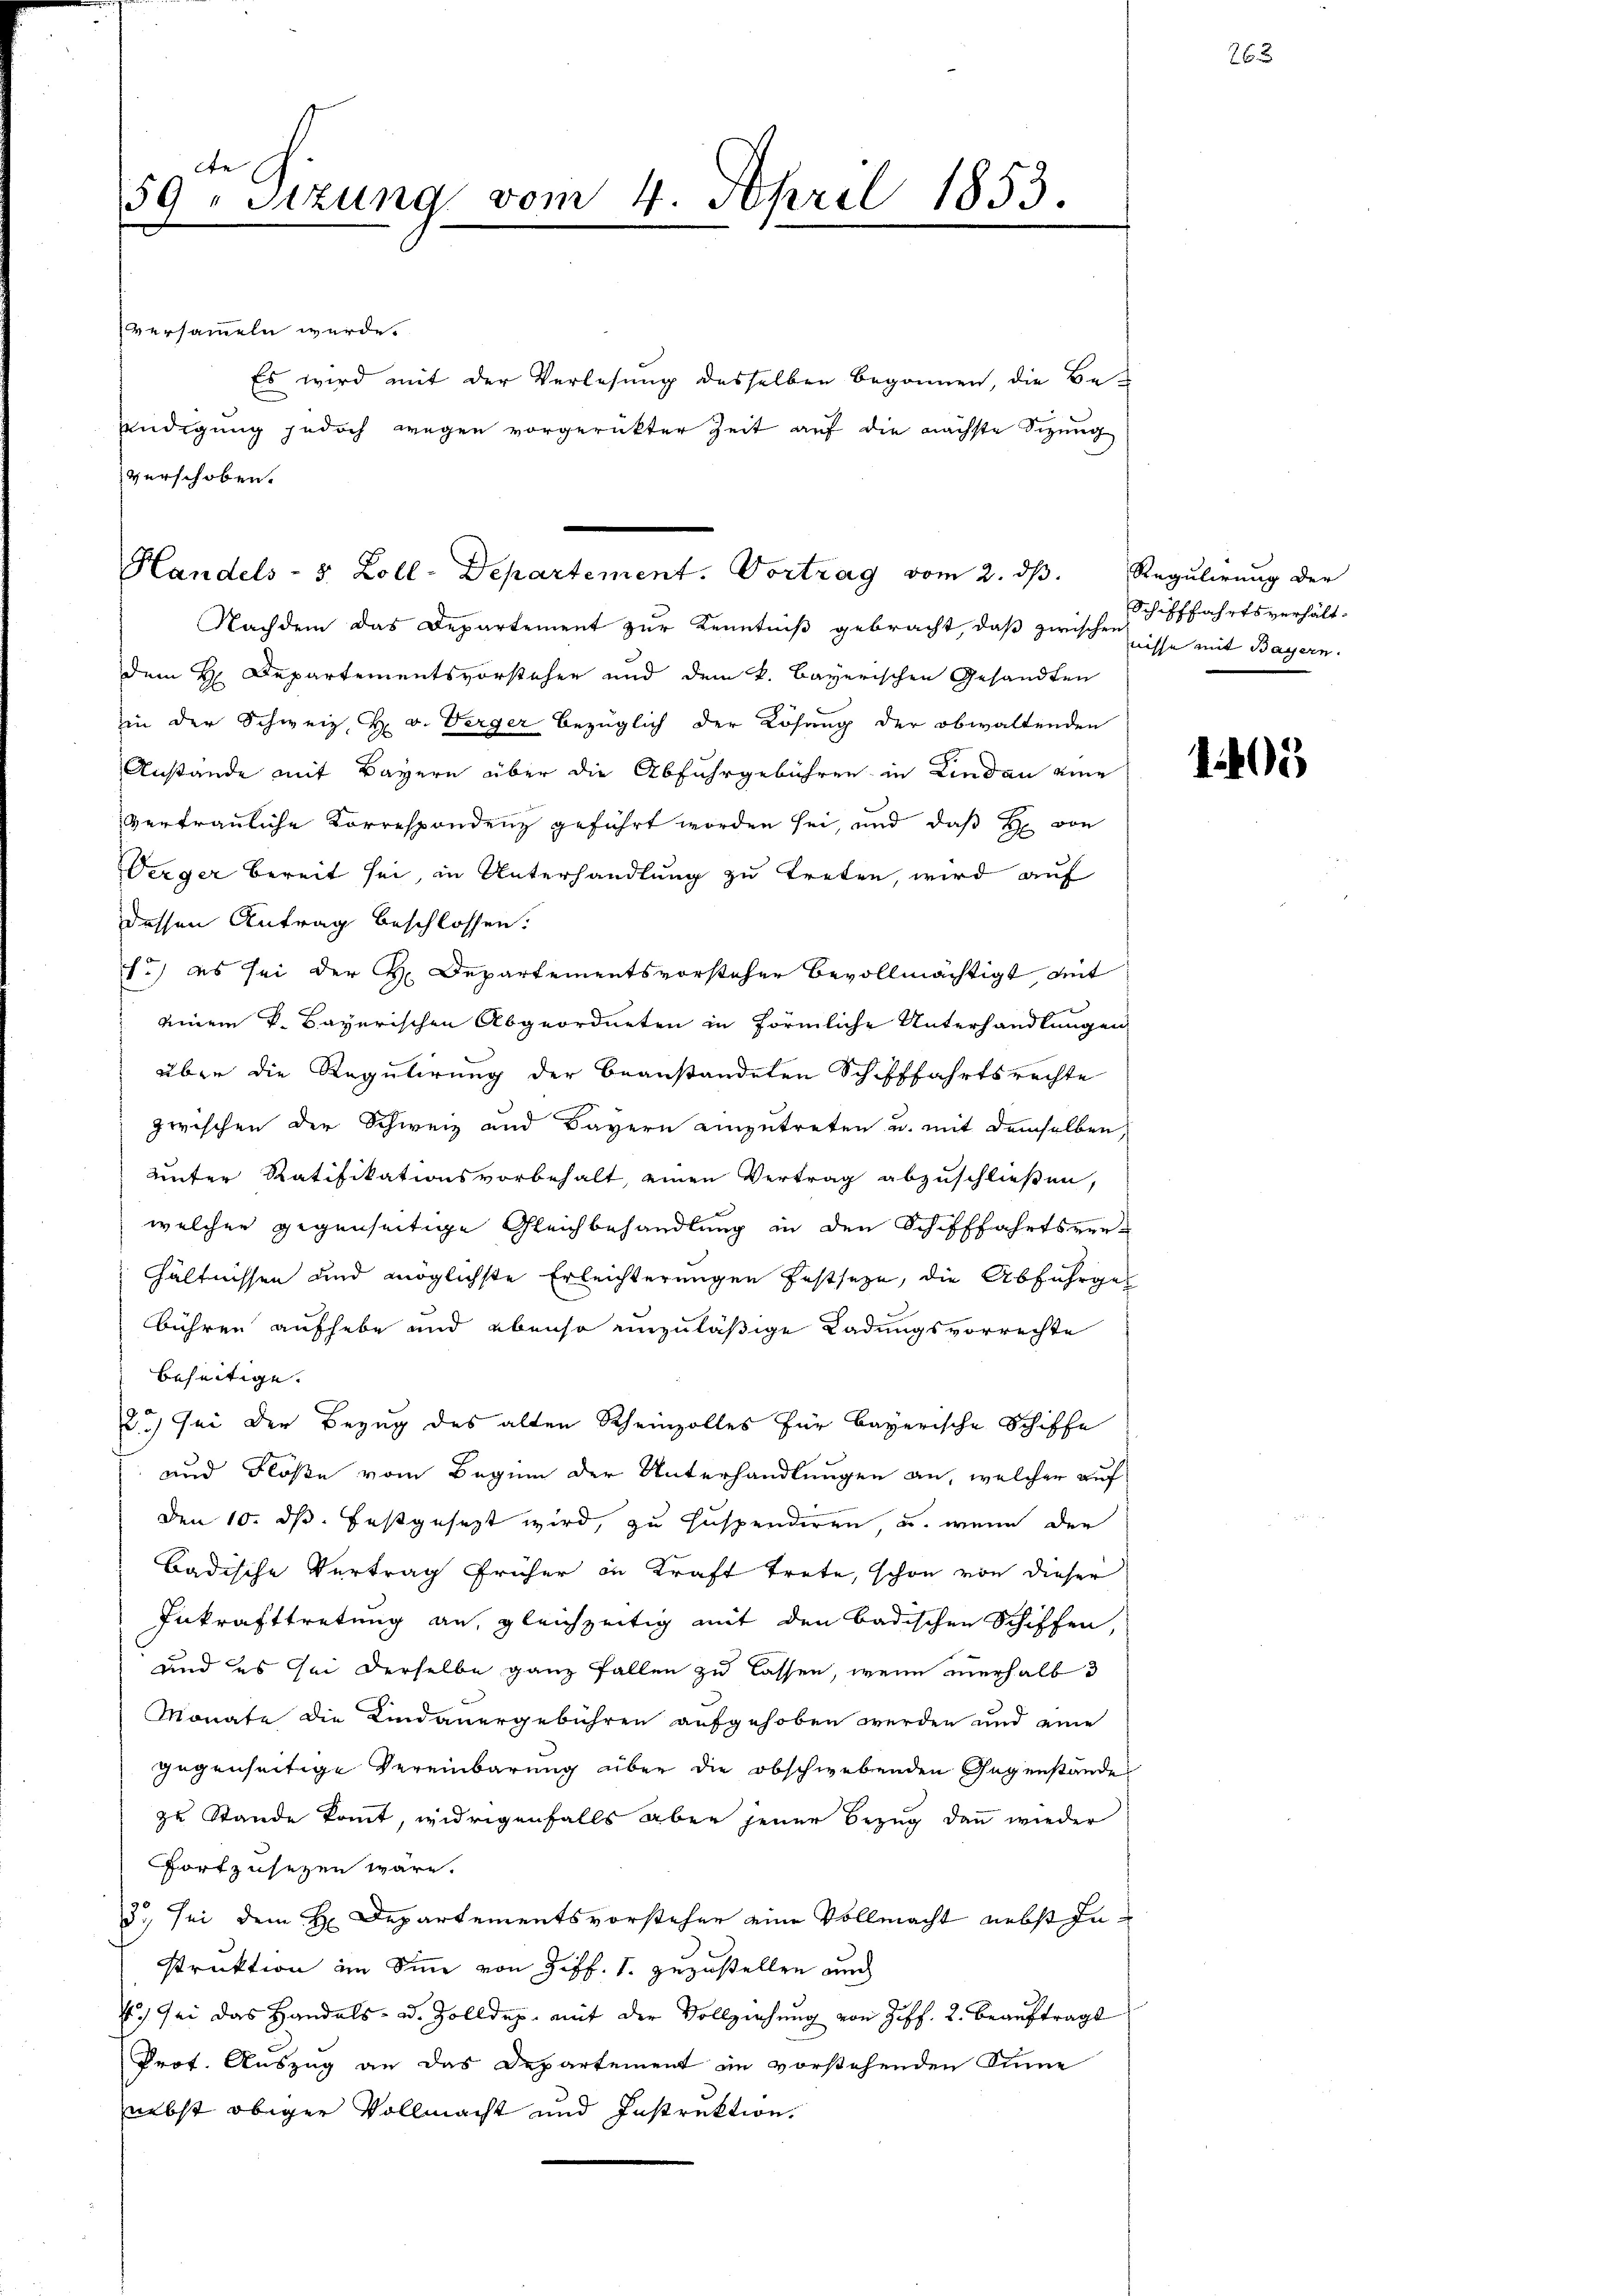
lte
59. Sitzung vom 4. April 1853.

versammeln würde.
Es wird mit der Verlesung desselben begonnen, die Be¬
Endigung jedoch wegen vorgerückter Zeit auf die nächste Sizung
verschoben.
Nachdem das Departement zur Kenntniß gebracht, daß zwischenisse mit Bayern.
dem H. Departementsvorsteher und dem k. Bayerischen Gesandten
in der Schweiz. H. v. Verger bezüglich der Lösung der obwaltenden
Anstande mit Bayern über die Abfuhrgebühren in Lindau eine
vertrauliche Korrespondenz geführt worden sei, und daß H. von
Verger bereit sei, in Unterhandlung zu treten, wird auf
dessen Antrag beschlossen:
1.) es sei der H. Departementsvorsteher bevollmächtigt mit
einem k. Bayerischen Abgeordneten in förmliche Unterhandlungen
über die Regulirung der beanstandeten Schifffahrtsrechte
zwischen der Schweiz und Bayern einzutreten u. mit demselben,
unter Ratifikationsvorbehalt, einen Vertrag abzuschließen,
welcher gegenseitige Gleichbehandlung in den Schifffahrtsver-
hältnissen und möglichste Erleichterungen festseze, die Abfuhrgebühren aufhebe und ebenso einzuläßige Ladungsvorrechte
beseitige.
2.) Sei der Bezug des alten Rheinzolles für Bayerische Schiffe
und Flöße vom Beginn der Unterhandlungen an, welcher auf
Den 10. ds. festgesezt wird, zu suspendiren, u. wenn der
Badische Vertrag früher in Kraft trete, schon von dieser
Inkrafttretung an, gleichzeitig mit den badischen Schiffen,
und es sei derselbe ganz fallen zu lassen, wenn verhalb d
Monate die Lindauergebühren aufgehoben werden und eine
gegenseitige Vereinbarung über die obschwebenden Gegenstände
zu Stande kommt, widrigenfalls aber jener Bezug dann wieder
fortzusetzen wäre.
3., sei dem H. Departementsvorsteher eine Vollmacht nebst Instruktion im Sinne von Ziff. 1. zuzustellen und
) sei das Handels- u. Zolldep. mit der Vollziehung von Ziff. 2. Beauftrags
Prof. Auszug an das Departement im vorstehenden Sinne
nebst obiger Vollmacht und Instruktion.

Handels- 5 Zoll-Departement. Vortrag vom 2. dβ. Regulirung der

Schifffahrtsverhält¬

1405